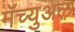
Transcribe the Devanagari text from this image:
मॅच्युअल